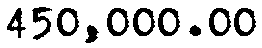
450,000.00